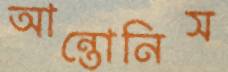
আন্তোনিস